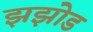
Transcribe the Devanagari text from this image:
झझोड